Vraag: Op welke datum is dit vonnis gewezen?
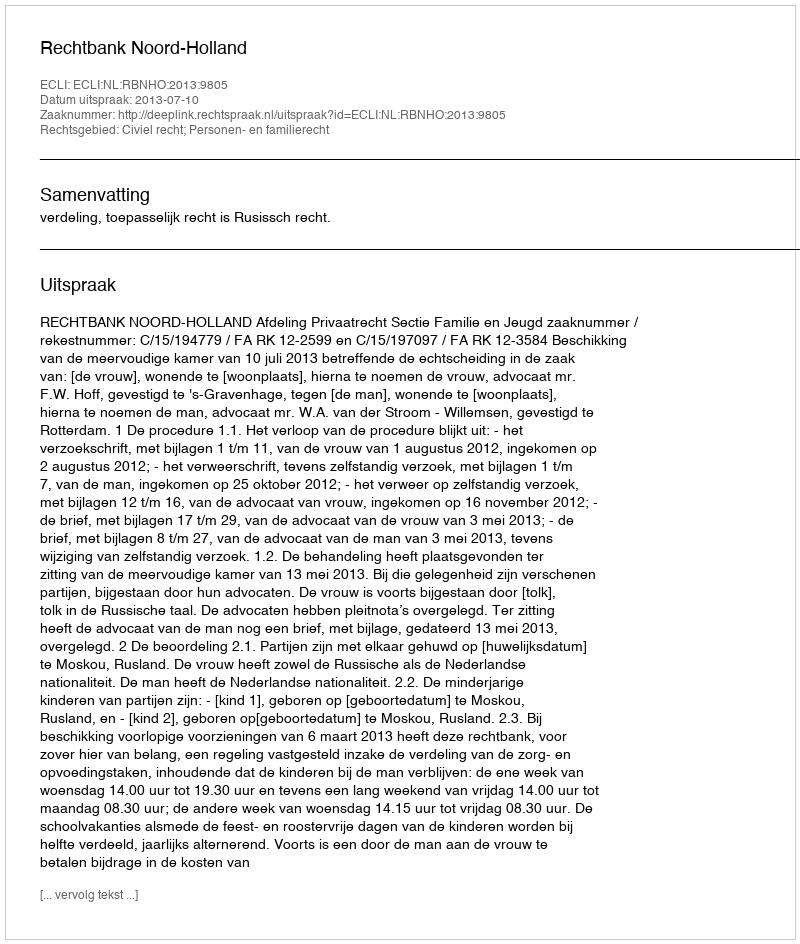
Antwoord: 2013-07-10